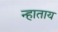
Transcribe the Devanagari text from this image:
न्हाताय